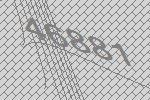
46881